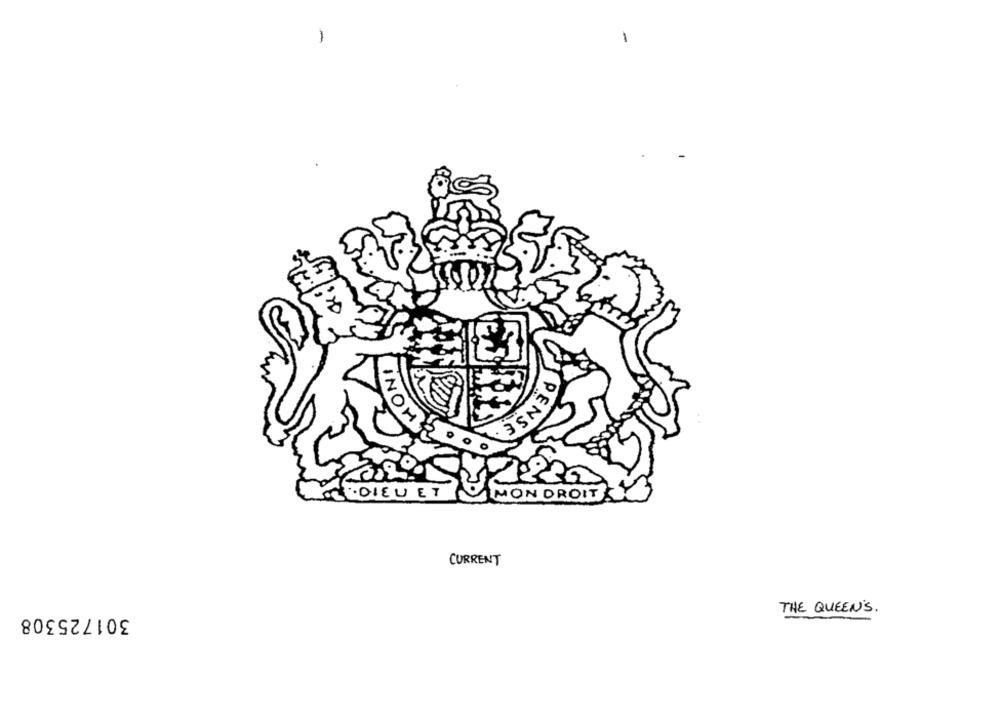
-
PENSE
INOM
·DIEU ET
MON DROIT
CURRENT
301725308
THE QUEEN'S.